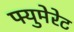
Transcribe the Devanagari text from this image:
फ्युमेरेट